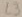
Text: L3